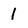
Character: 1